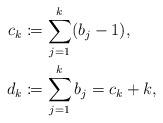
LaTeX: \begin{align*}c_{k} & \coloneqq\sum_{j=1}^{k}(b_{j}-1),\\d_{k} & \coloneqq\sum_{j=1}^{k}b_{j}=c_{k}+k,\end{align*}